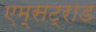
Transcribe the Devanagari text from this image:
एम्सट्राड